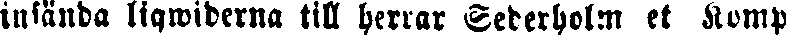
inlända liqwiderna till herrar Sederholm et Komp